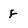
Character: f